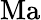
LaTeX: \mathrm{Ma}